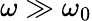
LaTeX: \omega\gg\omega_{\mathrm{0}}